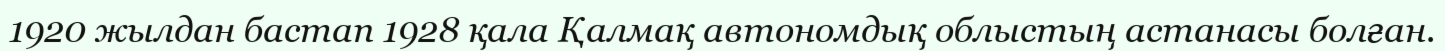
1920 жылдан бастап 1928 қала Қалмақ автономдық облыстың астанасы болған.